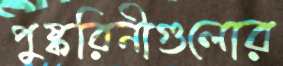
পুষ্করিনীগুলোর